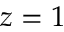
z = 1